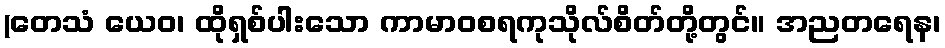
(တေသံ ယေဝ၊ ထိုရှစ်ပါးသော ကာမာဝစရကုသိုလ်စိတ်တို့တွင်။ အညတရေန၊